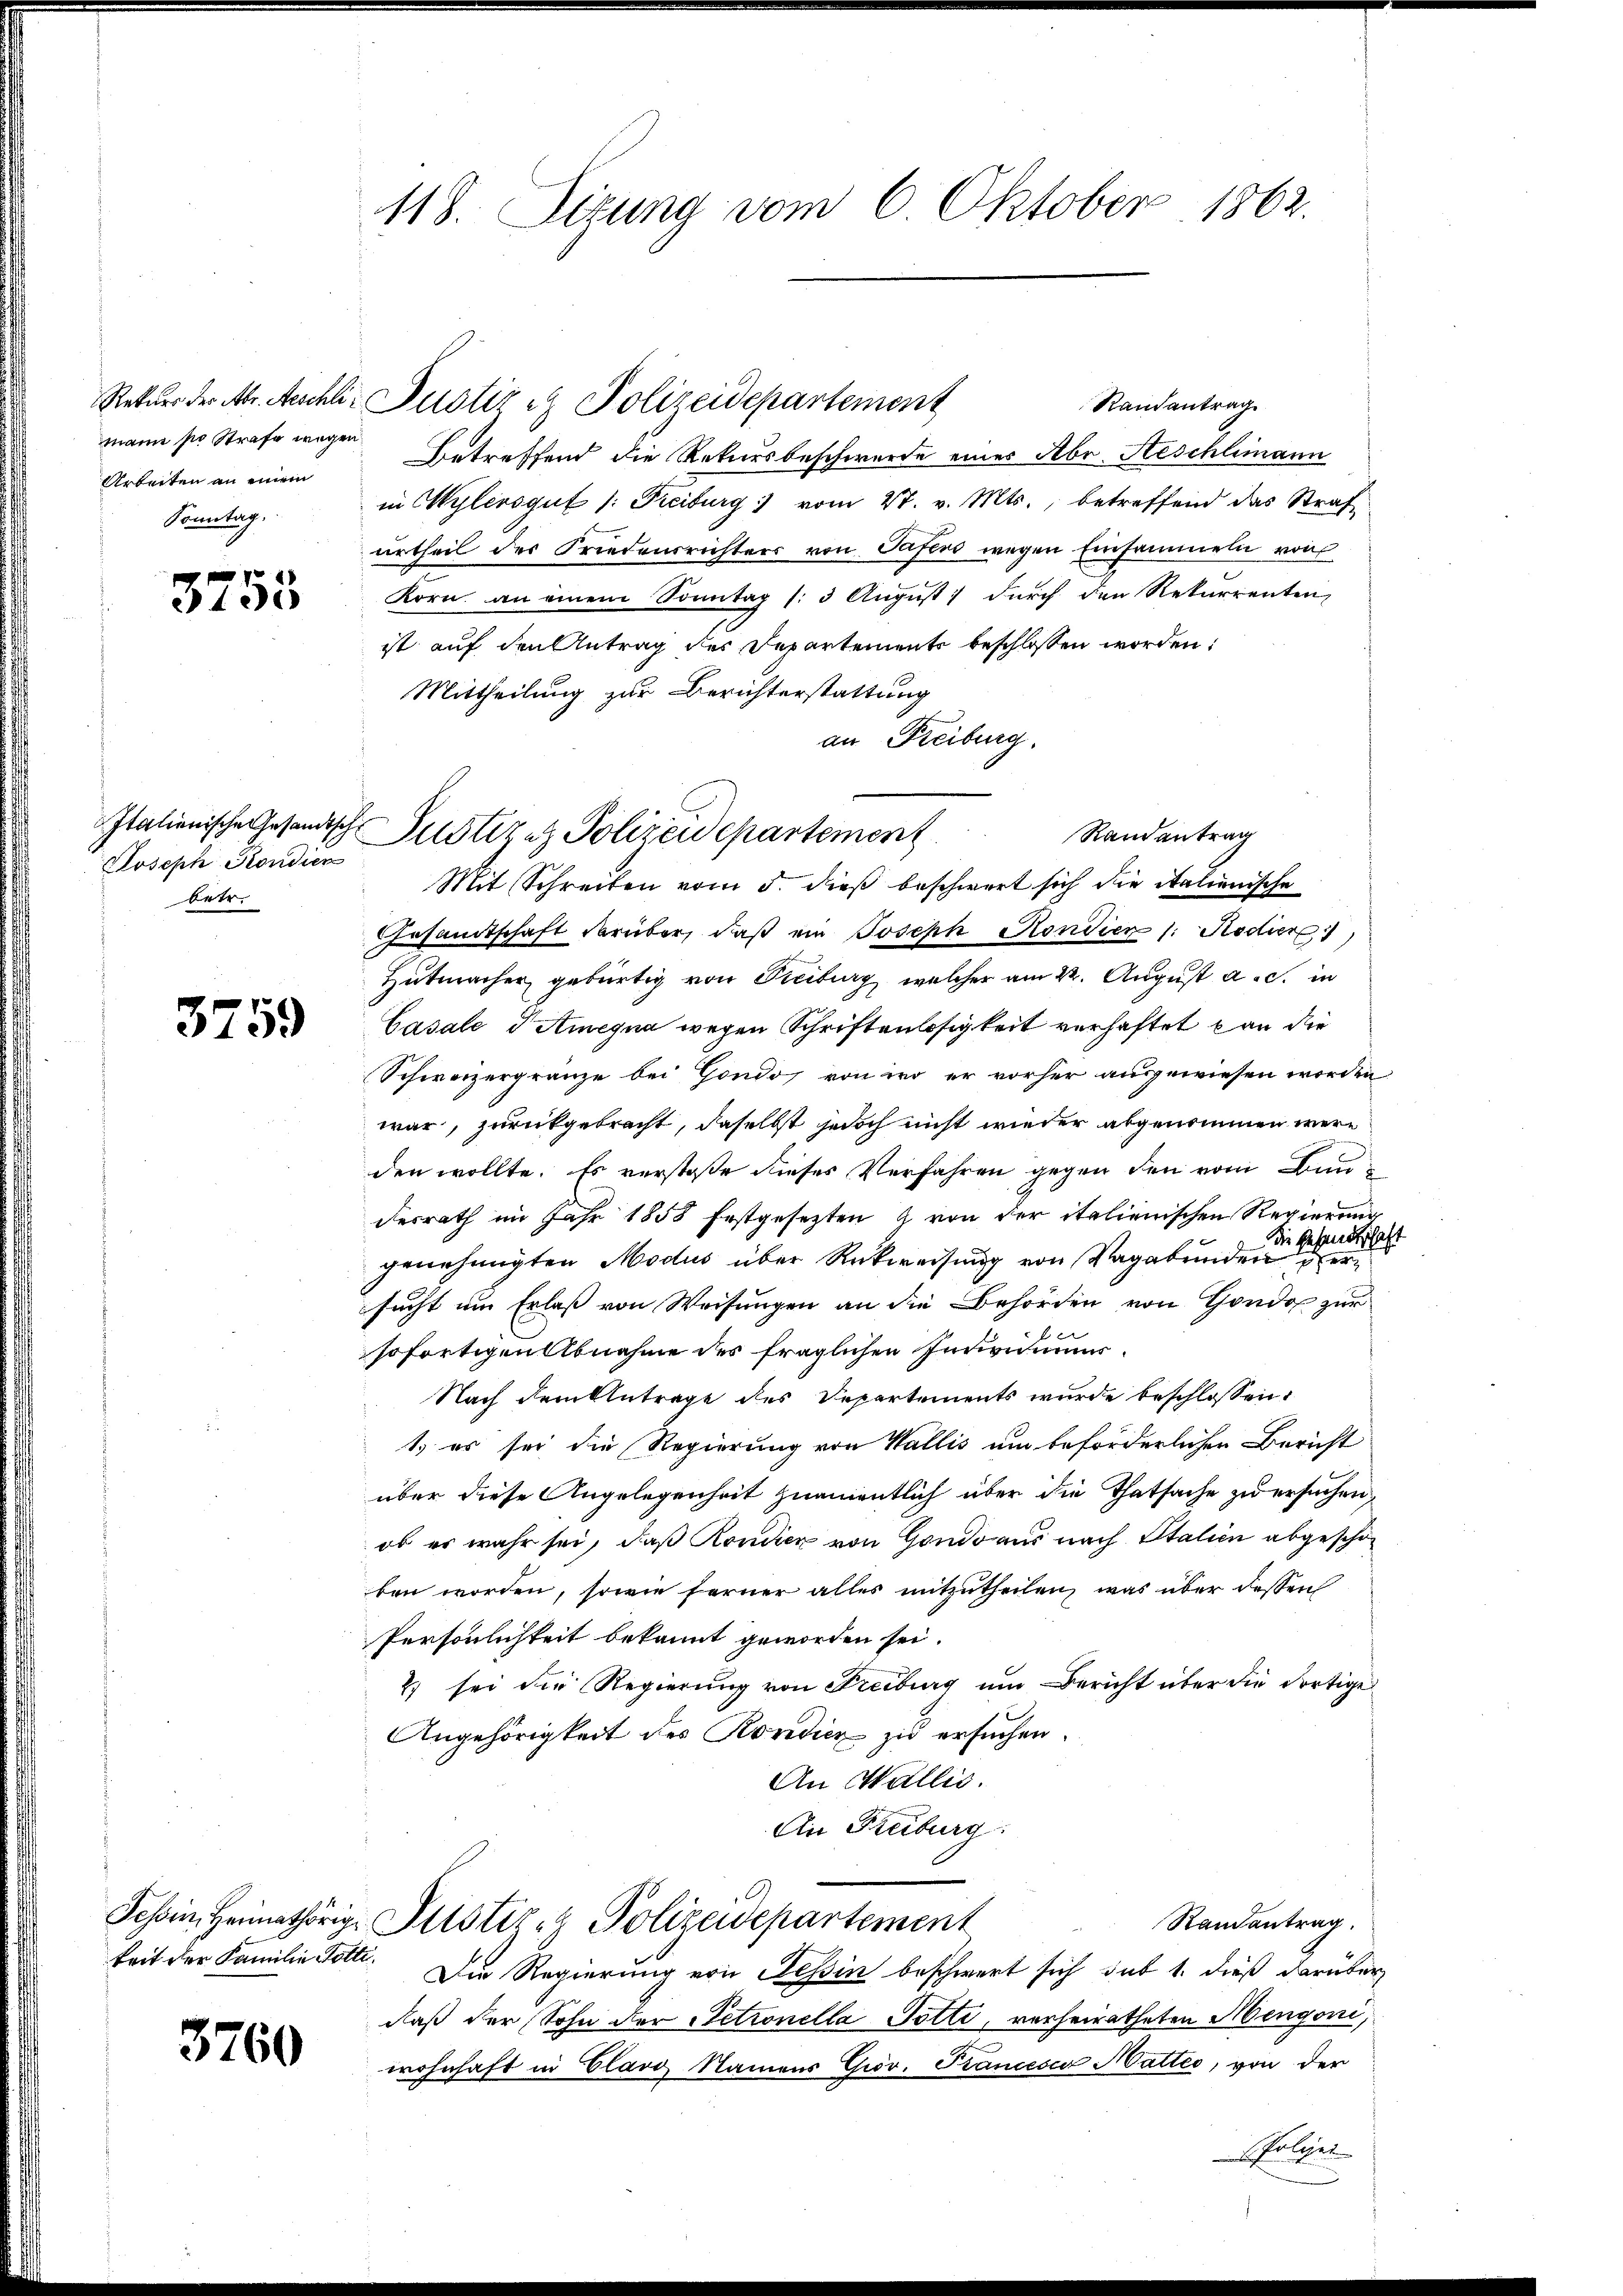
Rekurs der Abr. Aeschlic
mann sie Strafe wegen
Arbeiten an einem
Sonntag.

3753

Italienische Gesandtsche
Joseph Kondien
betr.

3759

Tessin, Heimathörigkeit der Familie Totte.

3760

118. Sizung vom 6. Oktober 1862.

Randantrag
Betreffend die Rekursbeschwerde eines Abr. Aeschlimann
in Wylensgut /: Freiburg vom 27. v. Mts., betreffend das Straf
urtheil der Friedensrichters von Tafers wegen Einsammeln von
Korn an einem Sonntag (:3 Aŭgŭst : dŭrch den Rekurrenten,
ist auf den Antrag des Departements beschlossen worden:
Mittheilung zur Berichterstattung
an Freiburg.
Mit Schreiben vom 5. dieß beschwert sich die italienische
Gesamtschaft darüber, daß ein Joseph Hondien (: Redier
Hutmacher gebürtig von Freiburg, welcher am 22. August a. c. in
Casale I Amegna wegen Schriftenlosigkeit verhaftet kan die
Schweizergränze bei Gondo von iro er vorher ausgewiesen worden
war, zurückgebracht, daselbst jedoch nicht wieder abgenommen werden wollte. Es verstoße dieses Verfahren gegen den vom Baudesrath im Jahr 1858 festgesezten & von der italienischen Regierung
Die Gesandtschaft
genehmigten Modus über Rückweisung von Vagabunden versucht um Erlaß von Weisungen an die Behörden von Gondo zur
sofortigen Abnahme des fraglichen Individuums¬
Nach dem Antrage des Departements wurde beschlossen:
1.) es sei die Regierung von Wallis um beförderlichen Bericht
über diese Angelegenheit namentlich über die Thatsache zu ersuchen,
ob er wahr sei, daß Rondien von Gondo aus nach Italien abgeschon
ben worden, sowie ferner alles mitzutheilen, was über dessen
Persönlichkeit bekannt geworden sei.
2) sei die Regierung von Freiburg um Bericht über die dortige
Angehörigkeit des Kondicz zu ersuchen.
An Wallis.
An Freiburg:
Randantrag.
Justiz & Polizeidepartement
Die Regierung von Tessin beschwert sich sub 1. dieß darüber
daß der Sohn der Petionella Potti, verheiratheten Mengoni,
wohnhaft in Clavo Namens Giov. Trancesca Hatteo, von der
 Polizei.

Justiz & Polizeidepartement

Randantrag
Justizez Polizeidepartement